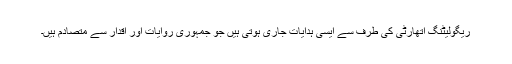
ریگولیٹنگ اتھارٹی کی طرف سے ایسی ہدایات جاری ہوتی ہیں جو جمہوری روایات اور اقدار سے متصادم ہیں۔